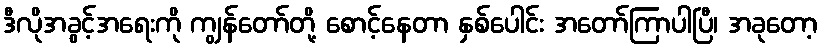
ဒီလိုအခွင့်အရေးကို ကျွန်တော်တို့ စောင့်နေတာ နှစ်ပေါင်း အတော်ကြာပါပြီ၊ အခုတော့